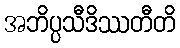
အဘိပ္ပသီဒိဿတီတိ